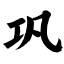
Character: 巩